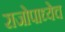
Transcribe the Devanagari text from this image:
राजोपाध्येच